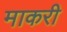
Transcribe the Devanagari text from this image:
माकरी